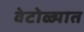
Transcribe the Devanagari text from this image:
वेटोळ्यात